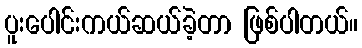
ပူးပေါင်းကယ်ဆယ်ခဲ့တာ ဖြစ်ပါတယ်။